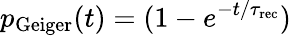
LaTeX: p_{\mathrm{Geiger}}(t)=(1-e^{-{t}/{\tau_{\mathrm{rec}}}})